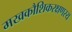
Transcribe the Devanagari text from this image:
मखकौशिकरक्षणस्य